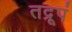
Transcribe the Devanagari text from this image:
तद्रूपं